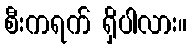
စီးကရက် ရှိပါလား။